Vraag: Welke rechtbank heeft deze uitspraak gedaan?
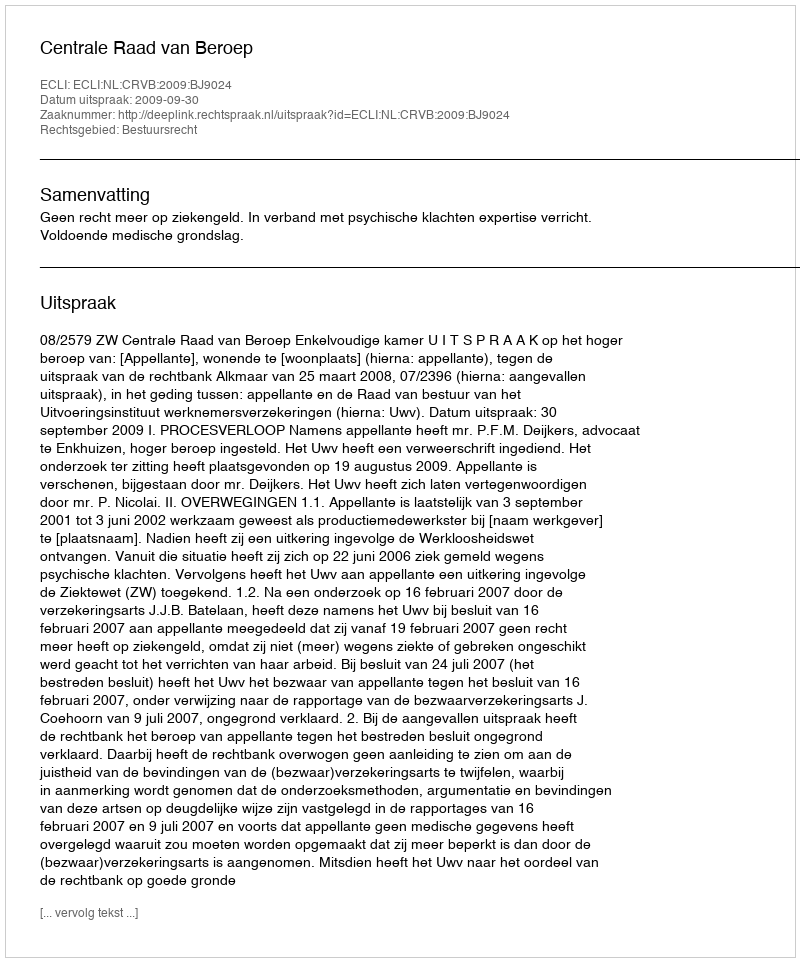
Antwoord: Centrale Raad van Beroep